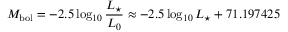
M _ { \mathrm { b o l } } = - 2 . 5 \log _ { 1 0 } { \frac { L _ { \star } } { L _ { 0 } } } \approx - 2 . 5 \log _ { 1 0 } L _ { \star } + 7 1 . 1 9 7 4 2 5